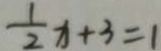
\frac { 1 } { 2 } x + 3 = 1